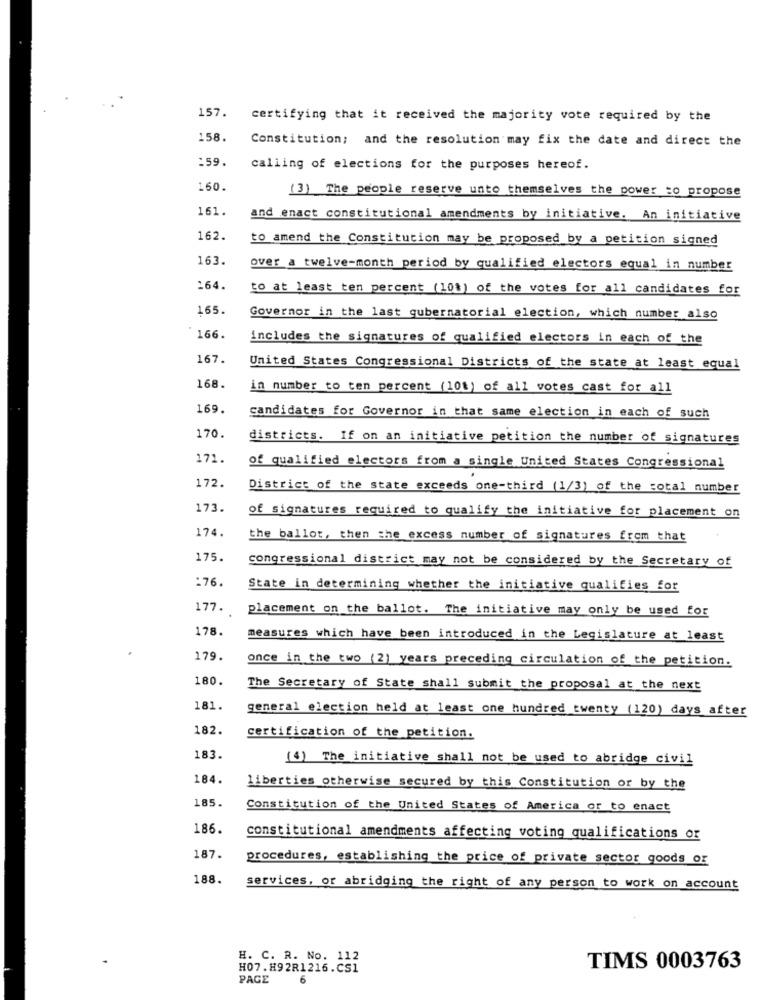
157.
certifying that it received the majority vote required by the
158.
Constitution; and the resolution may fix the date and direct the
:59.
calling of elections for the purposes hereof.
160.
(3) The people reserve unto themselves the power to propose
161.
and enact constitutional amendments by initiative. An initiative
162.
to amend the Constitution may be proposed by a petition signed
163.
over a twelve-month period by qualified electors equal in number
164.
to at least ten percent (10%) of the votes for all candidates for
165.
Governor in the last gubernatorial election, which number also
166.
includes the signatures of qualified electors in each of the
167.
United States Congressional Districts of the state at least equal
168.
in number to ten percent (10%) of all votes cast for all
169.
candidates for Governor in that same election in each of such
170.
districts. If on an initiative petition the number of signatures
171.
of qualified electors from a single United States Congressional
172.
District of the state exceeds one-third (1/3) of the total number
173.
of signatures required to qualify the initiative for placement on
174.
the ballot, then the excess number of signatures from that
175.
congressional district may not be considered by the Secretary of
:76.
State in determining whether the initiative qualifies for
177.
placement on the ballot. The initiative may only be used for
178.
measures which have been introduced in the Legislature at least
179.
once in the two (2) years preceding circulation of the petition.
180.
The Secretary of State shall submit the proposal at the next
181.
general election held at least one hundred twenty (120) days after
182.
certification of the petition.
183.
(4) The initiative shall not be used to abridge civil
184.
liberties otherwise secured by this Constitution or by the
185.
Constitution of the United States of America or to enact
186.
constitutional amendments affecting voting qualifications or
187.
procedures, establishing the price of private sector goods or
188.
services, or abridging the right of any person to work on account
H. C. R. No. 112
H07.H92R1216.CS1
TIMS 0003763
PAGE
6